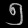
Digit: ၅